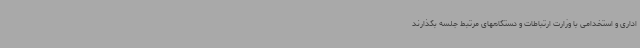
اداری و استخدامی با وزارت ارتباطات و دستگاههای مرتبط جلسه بگذارند